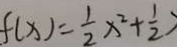
f ( x ) = \frac { 1 } { 2 } x ^ { 2 } + \frac { 1 } { 2 }